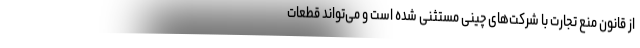
از قانون منع تجارت با شرکت‌های چینی مستثنی شده است و می‌تواند قطعات